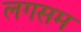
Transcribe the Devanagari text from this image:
लगसम